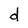
Character: d